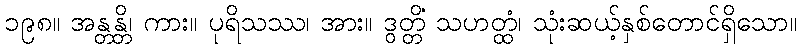
၁၉၈။ အန္တန္တိ၊ ကား။ ပုရိသဿ၊ အား။ ဒွတ္တိံ သဟတ္ထံ၊ သုံးဆယ့်နှစ်တောင်ရှိသော။